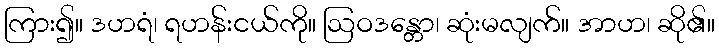
ကြား၍။ ဒဟရံ၊ ရဟန်းငယ်ကို။ ဩဝဒန္တော၊ ဆုံးမလျက်။ အာဟ၊ ဆို၏။